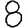
Digit: 8